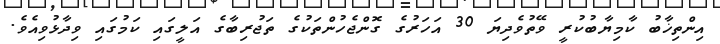
އިންތިޚާބު ކާމިޔާބުކުރީ ވޭތުވެދިޔަ 30 އަހަރުގެ ގޮންޖެހުންތަކުގެ ތަޖުރިބާގެ އަލީގައި ކަމުގައި ވިދާޅުވިއެވެ.